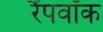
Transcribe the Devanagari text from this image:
रैंपवॉक